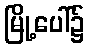
မြို့ပေါ်၌